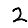
Digit: 2